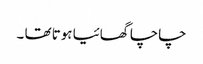
چاچا گھائیا ہوتا تھا ۔